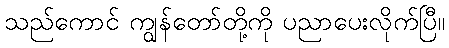
သည်ကောင် ကျွန်တော်တို့ကို ပညာပေးလိုက်ပြီ။